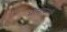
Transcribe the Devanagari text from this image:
भीमाचरणी